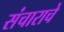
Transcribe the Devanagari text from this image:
संचाराचे